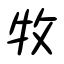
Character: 牧